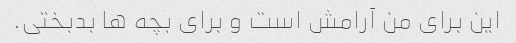
این برای من آرامش است و برای بچه ها بدبختی.